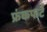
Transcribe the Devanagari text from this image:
फ्रंकफर्ट